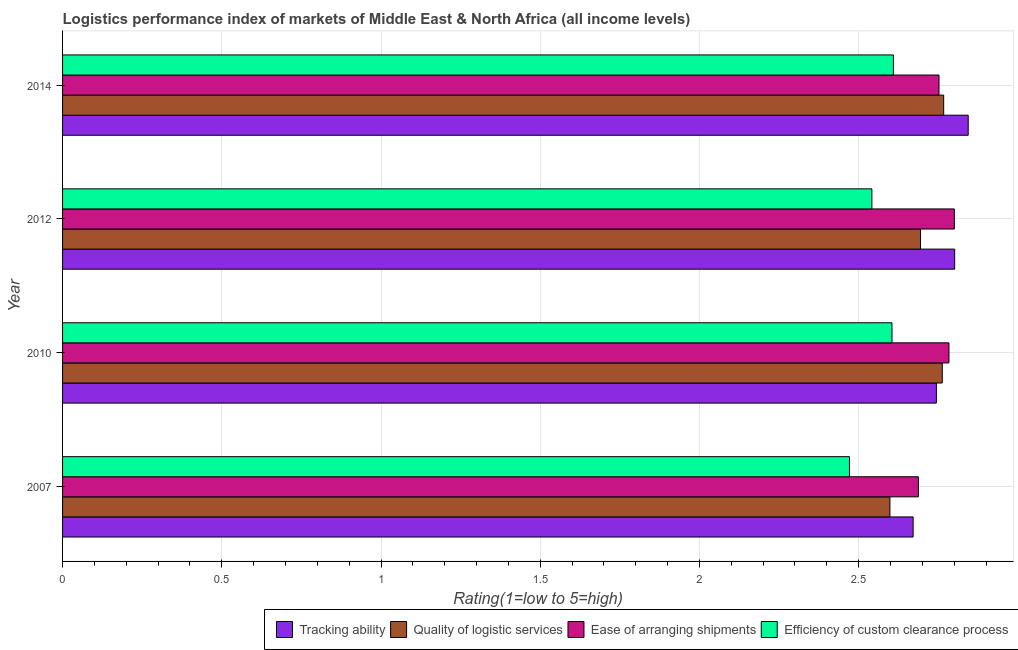
| Year | Tracking ability | Quality of logistic services | Ease of arranging shipments | Efficiency of custom clearance process |
 | --- | --- | --- | --- | --- |
 | 2007 | 2.67 | 2.6 | 2.69 | 2.47 |
 | 2010 | 2.74 | 2.76 | 2.78 | 2.6 |
 | 2012 | 2.8 | 2.69 | 2.8 | 2.54 |
 | 2014 | 2.84 | 2.77 | 2.75 | 2.61 |